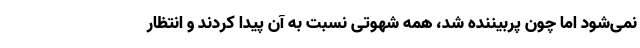
نمی‌شود اما چون پربیننده شد، همه شهوتی نسبت به آن پیدا کردند و انتظار